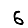
Digit: 6